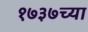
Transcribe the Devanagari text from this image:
१७३७च्या